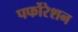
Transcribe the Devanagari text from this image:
पर्फोरेशन